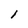
Character: l